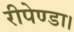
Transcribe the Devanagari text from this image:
रीपेण्डा।